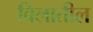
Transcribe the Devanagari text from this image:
बिलातील